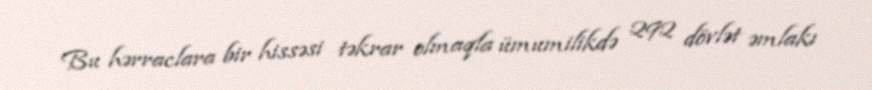
Bu hərraclara bir hissəsi təkrar olmaqla ümumilikdə 292 dövlət əmlakı